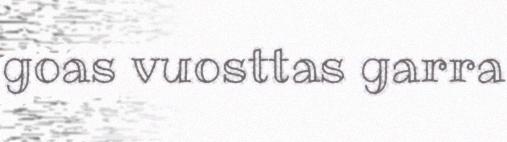
goas vuosttas garra